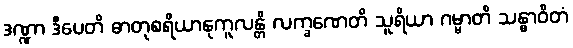
ဒဏ္ဍာ ဒီပေတိ ဓာတုစရိယာနုကူလန္တိ လက္ခဏေတိ သူရိယာ ဂမ္မာတိ သန္ဓာဝိတံ